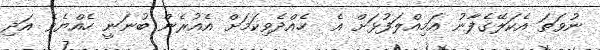
ނުވަތަ އެކަލޭގެފާނު އަމިއްލަފުޅަށް އެ  ހެއްދެވިކަމަށް އެއުރެން ބުނަނީ ހެއްޔެވެ އަދި